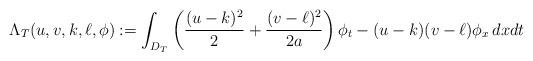
LaTeX: \begin{align*} \Lambda_T(u,v,k,\ell,\phi):=\int_{D_T} \left(\frac{(u-k)^2}{2}+\frac{(v-\ell)^2}{2 a}\right)\phi_t- (u-k)(v-\ell)\phi_x \,dxdt \end{align*}